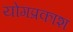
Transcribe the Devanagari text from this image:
योगप्रकाश